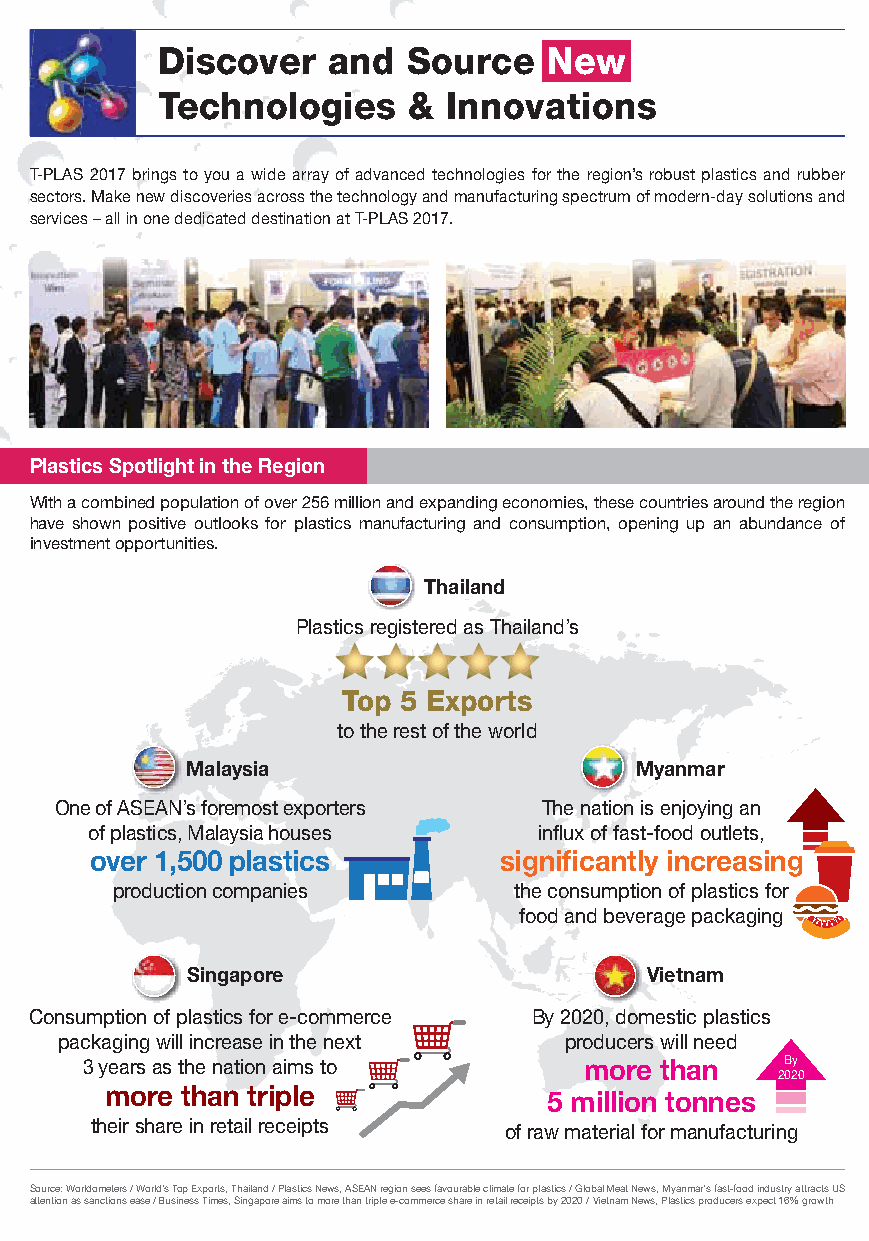
Discover    and  Source   New
 Technologies     &  Innovations
 T-PLAS 2017 brings to you a wide array of advanced technologies for the region’s robust plastics and rubber
 sectors. Make new discoveries across the technology and manufacturing spectrum of modern-day solutions and
 services – all in one dedicated destination at T-PLAS 2017.
 Plastics Spotlight in the Region
 With a combined population of over 256 million and expanding economies, these countries around the region
 have shown positive outlooks for plastics manufacturing and consumption, opening up an abundance of
 investment opportunities.
 Thailand
 Plastics registered as Thailand’s
 Top 5 Exports
 to the rest of the world
 Malaysia                      Myanmar
 One of ASEAN’s foremost exporters The nation is enjoying an
 of plastics, Malaysia houses  influx of fast-food outlets,
 over 1,500 plastics        significantly increasing
 production companies       the consumption of plastics for
 food and beverage packaging
 Singapore                      Vietnam
 Consumption of plastics for e-commerce By 2020, domestic plastics
 packaging will increase in the next producers will need
 3 years as the nation aims to     more than    By
 2020
 more than triple             5 million tonnes
 their share in retail receipts of raw material for manufacturing
 Source: Worldometers / World's Top Exports, Thailand / Plastics News, ASEAN region sees favourable climate for plastics / Global Meat News, Myanmar's fast-food industry attracts US
 attention as sanctions ease / Business Times, Singapore aims to more than triple e-commerce share in retail receipts by 2020 / Vietnam News, Plastics producers expect 16% growth